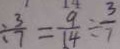
\div \frac { 3 } { 7 } = \frac { 9 } { 1 4 } \div \frac { 3 } { 7 }